65_HS1-834228961_62-HQ-83894_Section_8
Agency: FBI
Page 18
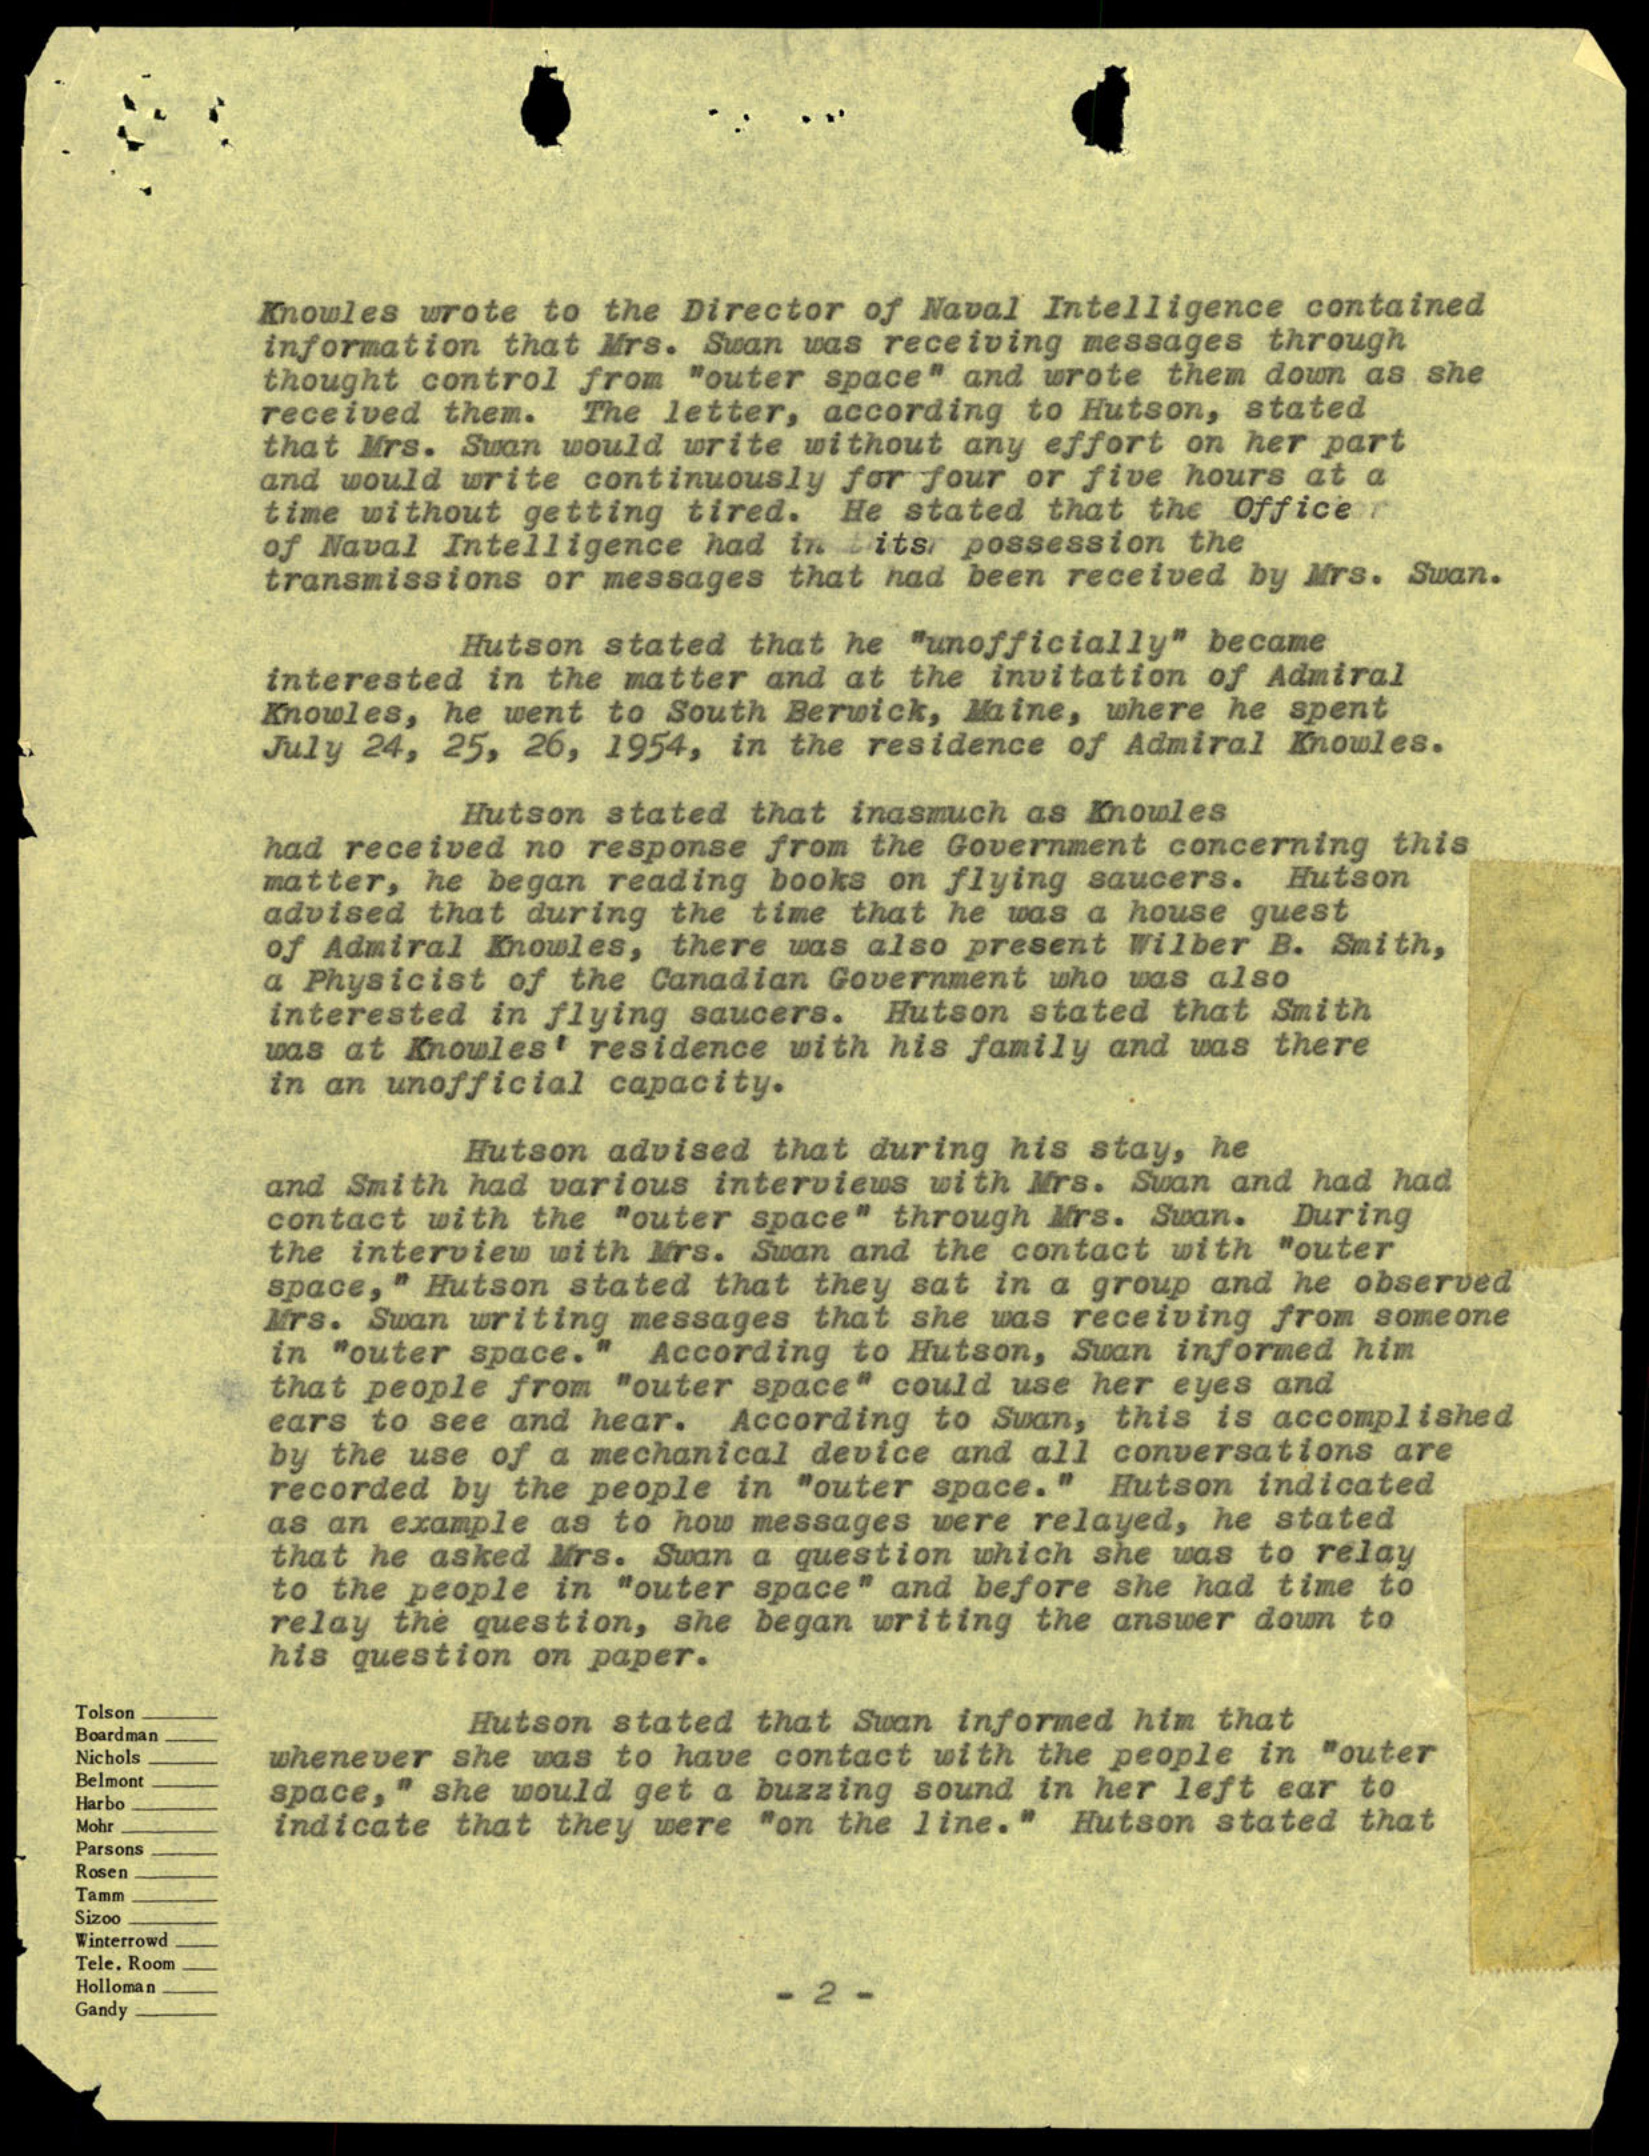